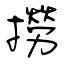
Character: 撈